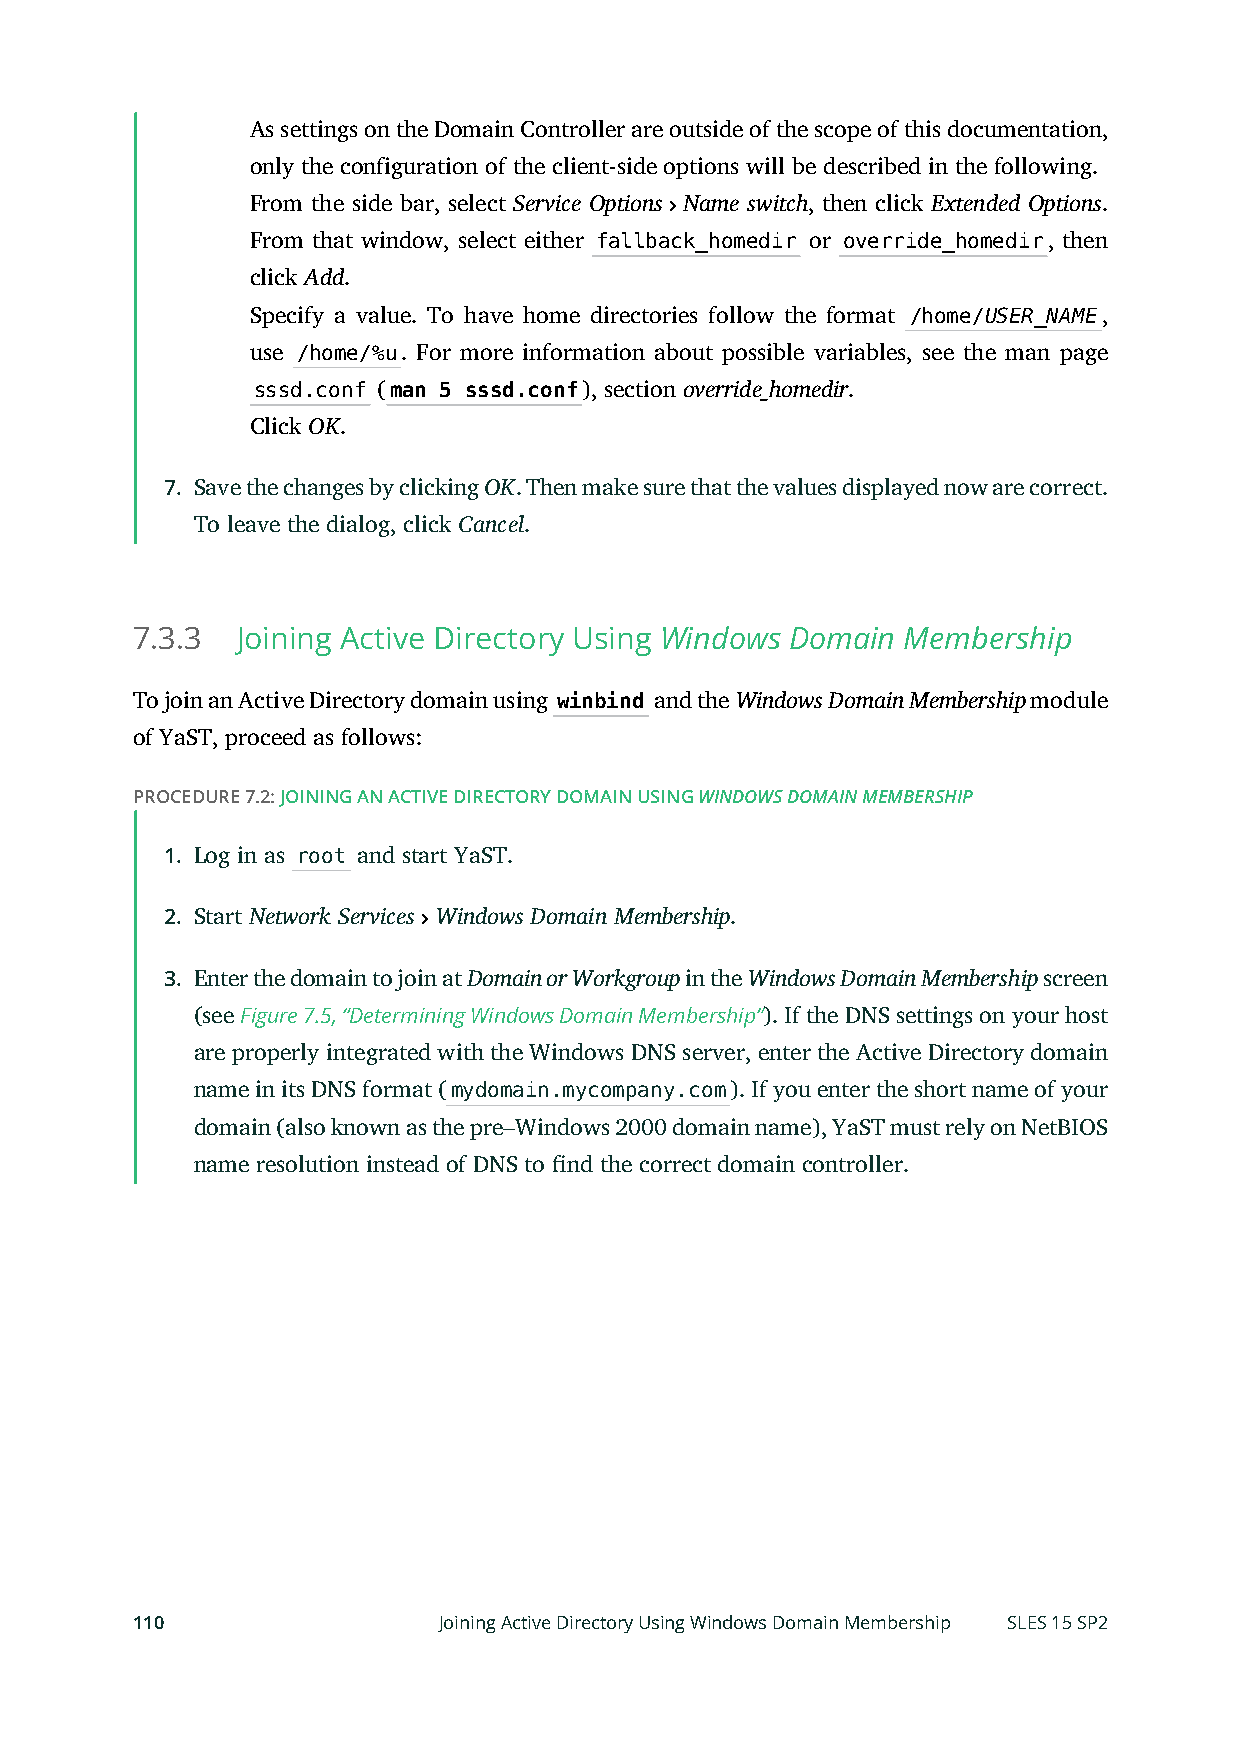
As settings on the Domain Controller are outside of the scope of this documentation,
 only the configuration of the client-side options will be described in the following.
 From the side bar, select Service Options Name switch, then click Extended Options.
 From that window, select either fallback_homedir or override_homedir, then
 click Add.
 Specify a value. To have home directories follow the format /home/USER_NAME,
 use /home/%u. For more information about possible variables, see the man page
 sssd.conf (man 5 sssd.conf), section override_homedir.
 Click OK.
 7. Save the changes by clicking OK. Then make sure that the values displayed now are correct.
 To leave the dialog, click Cancel.
 7.3.3  Joining Active Directory Using Windows Domain Membership
 To join an Active Directory domain using winbind and the Windows Domain Membership module
 of YaST, proceed as follows:
 PROCEDURE 7.2: JOINING AN ACTIVE DIRECTORY DOMAIN USING WINDOWS DOMAIN MEMBERSHIP
 1. Log in as root and start YaST.
 2. Start Network Services Windows Domain Membership.
 3. Enter the domain to join at Domain or Workgroup in the Windows Domain Membership screen
 (see Figure 7.5, “Determining Windows Domain Membership”). If the DNS settings on your host
 are properly integrated with the Windows DNS server, enter the Active Directory domain
 name in its DNS format (mydomain.mycompany.com). If you enter the short name of your
 domain (also known as the pre–Windows 2000 domain name), YaST must rely on NetBIOS
 name resolution instead of DNS to nd the correct domain controller.
 110                 Joining Active Directory Using Windows Domain Membership SLES 15 SP2